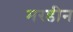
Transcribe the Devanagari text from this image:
मरडीन